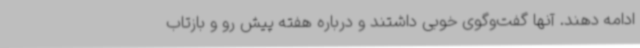
ادامه دهند. آنها گفت‌وگوی خوبی داشتند و درباره هفته پیش رو و بازتاب